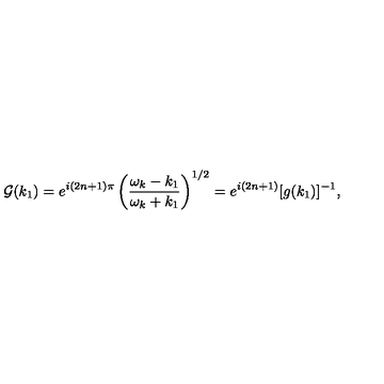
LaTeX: { \cal G } ( k _ { 1 } ) = e ^ { i ( 2 n + 1 ) \pi } \left( \frac { \omega _ { k } - k _ { 1 } } { \omega _ { k } + k _ { 1 } } \right) ^ { 1 / 2 } = e ^ { i ( 2 n + 1 ) } [ g ( k _ { 1 } ) ] ^ { - 1 } ,